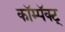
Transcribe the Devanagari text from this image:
कॉम्पॅक्ट्